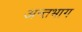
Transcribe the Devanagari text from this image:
अन्तभाग